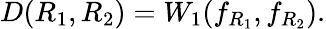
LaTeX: D(R_{1},R_{2})=W_{1}(f_{R_{1}},f_{R_{2}}).